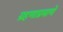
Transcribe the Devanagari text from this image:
ग्रहणाप्रमाणे